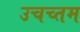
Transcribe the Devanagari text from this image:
उचच्तम